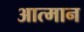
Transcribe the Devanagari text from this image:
आत्मान